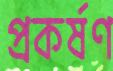
প্রকর্ষণ